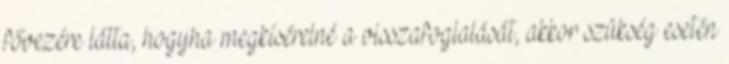
fővezére látta, hogyha megkísérelné a visszafoglalását, akkor szükség esetén